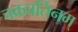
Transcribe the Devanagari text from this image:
चक्रवर्तिनम्